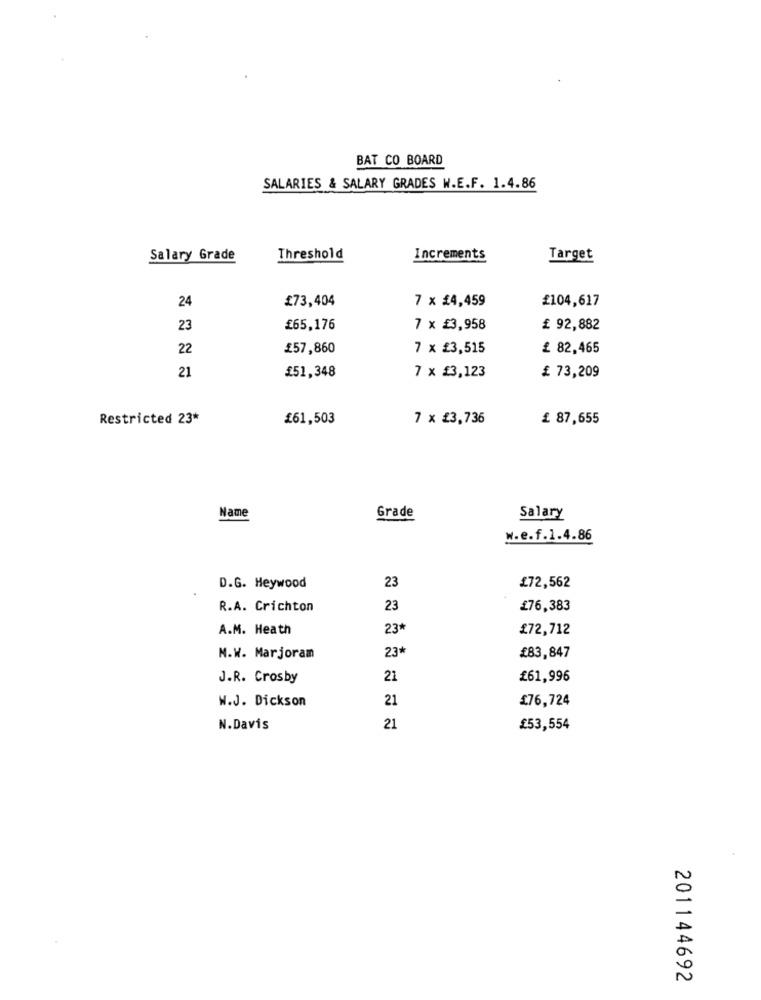
BAT CO BOARD
SALARIES & SALARY GRADES W.E.F. 1.4.86
Salary Grade
Threshold
Increments
Target
24
£73,404
7 x £4,459
£104,617
23
£65,176
7 x £3,958
£ 92,882
22
£57,860
7 x £3,515
£ 82,465
21
£51,348
7 x £3,123
£ 73,209
Restricted 23*
£61,503
7 x £3,736
£ 87,655
Name
Grade
Salary
w.e.f.1.4.86
23
D.G. Heywood
£72,562
R.A. Crichton
23
£76,383
A.M. Heath
23*
£72,712
23*
M.W. Marjoram
£83,847
J.R. Crosby
21
£61,996
W.J. Dickson
21
£76,724
N.Davis
21
£53,554
201144692